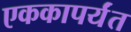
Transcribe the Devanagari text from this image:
एककापर्यंत